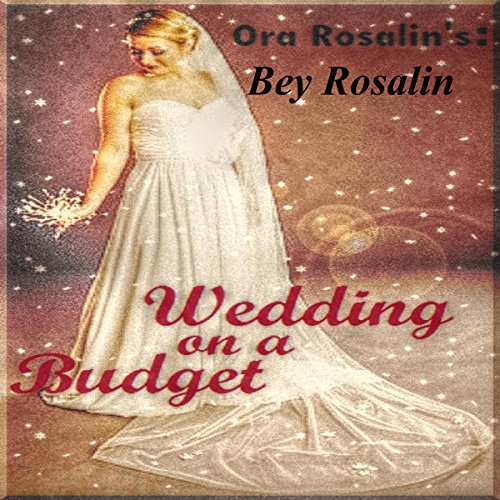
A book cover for Wedding on a Budget: Cheapest Way to Have a Wedding; Ora Rosalin; Crafts, Hobbies & Home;